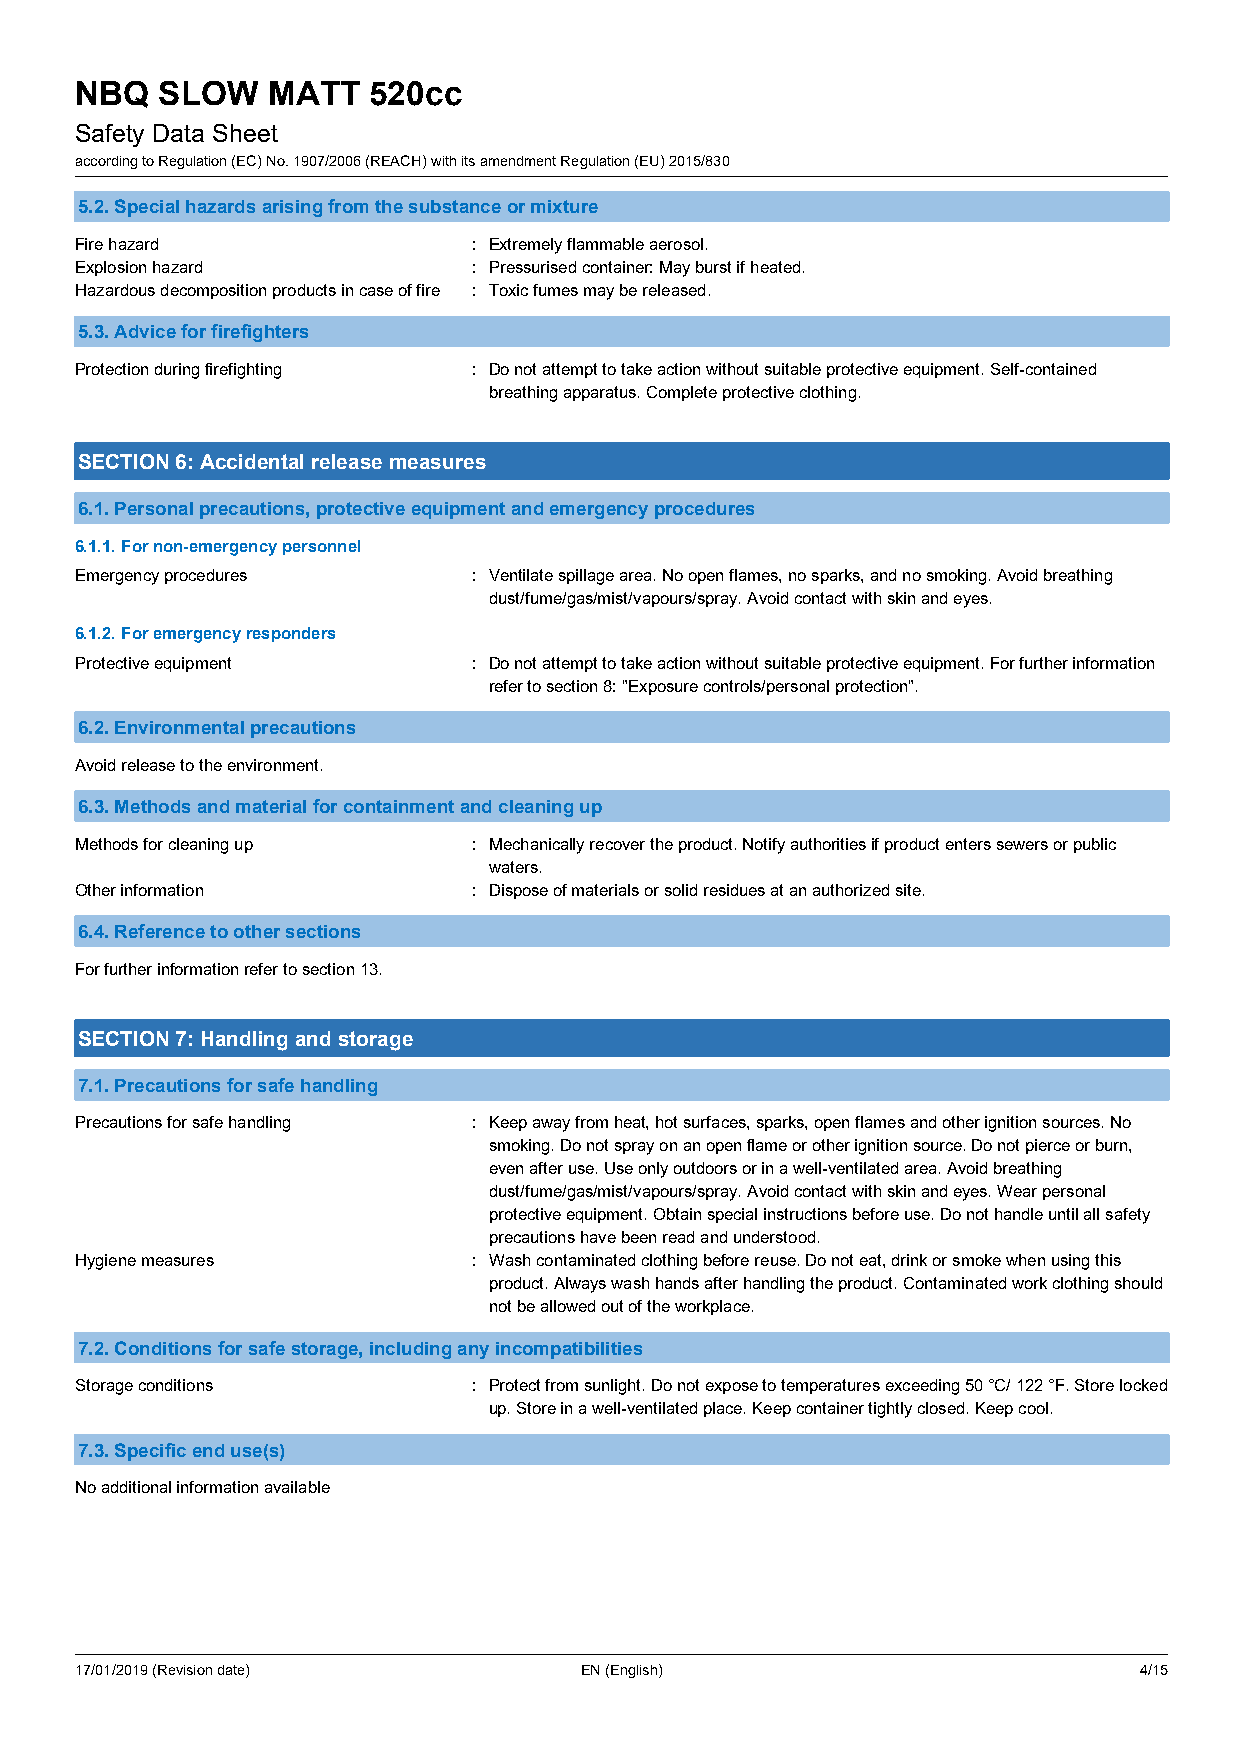
NBQ  SLOW    MATT  520cc
 Safety Data Sheet
 according to Regulation (EC) No. 1907/2006 (REACH) with its amendment Regulation (EU) 2015/830
 5.2. Special hazards arising from the substance or mixture
 Fire hazard               : Extremely flammable aerosol.
 Explosion hazard          : Pressurised container: May burst if heated.
 Hazardous decomposition products in case of fire : Toxic fumes may be released.
 5.3. Advice for firefighters
 Protection during firefighting : Do not attempt to take action without suitable protective equipment. Self-contained
 breathing apparatus. Complete protective clothing.
 SECTION 6: Accidental release measures
 6.1. Personal precautions, protective equipment and emergency procedures
 6.1.1. For non-emergency personnel
 Emergency procedures      : Ventilate spillage area. No open flames, no sparks, and no smoking. Avoid breathing
 dust/fume/gas/mist/vapours/spray. Avoid contact with skin and eyes.
 6.1.2. For emergency responders
 Protective equipment      : Do not attempt to take action without suitable protective equipment. For further information
 refer to section 8: "Exposure controls/personal protection".
 6.2. Environmental precautions
 Avoid release to the environment.
 6.3. Methods and material for containment and cleaning up
 Methods for cleaning up   : Mechanically recover the product. Notify authorities if product enters sewers or public
 waters.
 Other information         : Dispose of materials or solid residues at an authorized site.
 6.4. Reference to other sections
 For further information refer to section 13.
 SECTION 7: Handling and storage
 7.1. Precautions for safe handling
 Precautions for safe handling : Keep away from heat, hot surfaces, sparks, open flames and other ignition sources. No
 smoking. Do not spray on an open flame or other ignition source. Do not pierce or burn,
 even after use. Use only outdoors or in a well-ventilated area. Avoid breathing
 dust/fume/gas/mist/vapours/spray. Avoid contact with skin and eyes. Wear personal
 protective equipment. Obtain special instructions before use. Do not handle until all safety
 precautions have been read and understood.
 Hygiene measures          : Wash contaminated clothing before reuse. Do not eat, drink or smoke when using this
 product. Always wash hands after handling the product. Contaminated work clothing should
 not be allowed out of the workplace.
 7.2. Conditions for safe storage, including any incompatibilities
 Storage conditions        : Protect from sunlight. Do not expose to temperatures exceeding 50 °C/ 122 °F. Store locked
 up. Store in a well-ventilated place. Keep container tightly closed. Keep cool.
 7.3. Specific end use(s)
 No additional information available
 17/01/2019 (Revision date)       EN (English)                         4/15